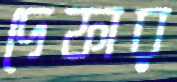
দেফার